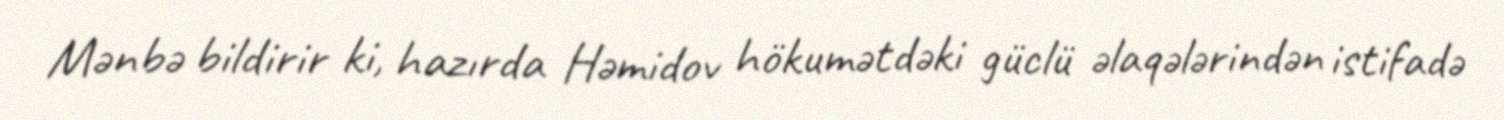
Mənbə bildirir ki, hazırda Həmidov hökumətdəki güclü əlaqələrindən istifadə